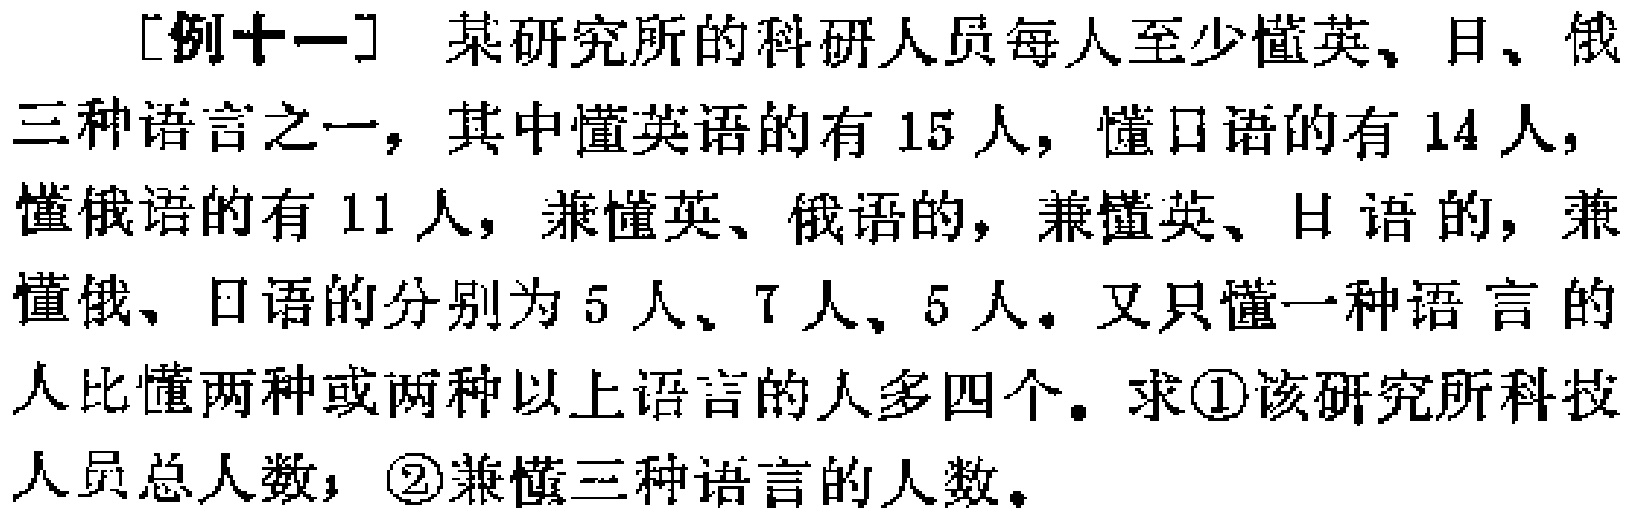
[例十一] 某研究所的科研人员每人至少懂英、日、俄三种语言之一，其中懂英语的有 15 人，懂日语的有 14 人，懂俄语的有 11 人，兼懂英、俄语的，兼懂英、日语的，兼懂俄、日语的分别为 5 人、7 人、5 人。又只懂一种语言的人比懂两种或两种以上语言的人多四个。求\textcircled{1}该研究所科技人员总人数；\textcircled{2}兼懂三种语言的人数。